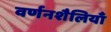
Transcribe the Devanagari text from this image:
वर्णनशैलियाँ